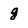
Character: g